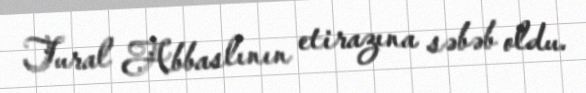
Tural Abbaslının etirazına səbəb oldu.